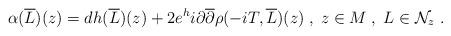
LaTeX: \begin{align*} \alpha(\overline{L})(z) = dh(\overline{L})(z) + 2e^{h}i\partial\overline{\partial}\rho(-iT, \overline{L})(z)\;,\;z\in M\;,\;L\in\mathcal{N}_{z}\;.\end{align*}